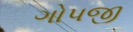
ગોપજી